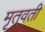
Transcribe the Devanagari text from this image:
मृतवती